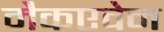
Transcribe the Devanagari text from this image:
मैकएवेन